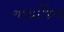
નવાજિત